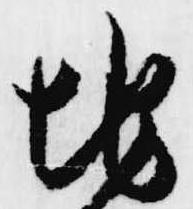
地